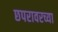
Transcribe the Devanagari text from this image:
छपरावरच्या